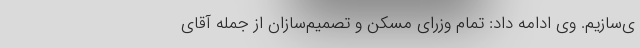
ی‌سازیم. وی ادامه داد: تمام وزرای مسکن و تصمیم‌سازان از جمله آقای